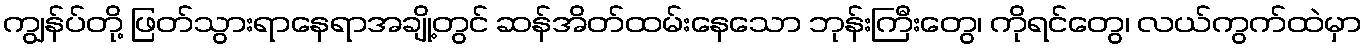
ကျွန်ပ်တို့ ဖြတ်သွားရာနေရာအချို့တွင် ဆန်အိတ်ထမ်းနေသော ဘုန်းကြီးတွေ၊ ကိုရင်တွေ၊ လယ်ကွက်ထဲမှာ